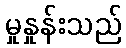
မှုနှုန်းသည်